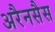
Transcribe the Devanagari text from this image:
अरैनसैस